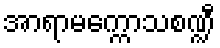
အာရာမက္ကောသစဏ္ဍီ